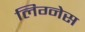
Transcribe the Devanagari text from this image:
लिग्नेस